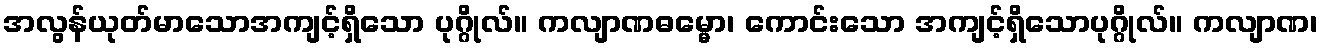
အလွန်ယုတ်မာသောအကျင့်ရှိသော ပုဂ္ဂိုလ်။ ကလျာဏဓမ္မော၊ ကောင်းသော အကျင့်ရှိသောပုဂ္ဂိုလ်။ ကလျာဏ၊